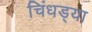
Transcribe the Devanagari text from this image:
चिंधड्या